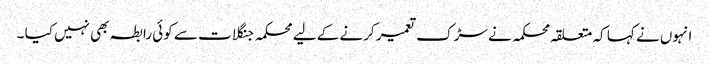
انہوں نے کہا کہ متعلقہ محکمہ نے سڑک تعمیر کرنے کے لیے محکمہ جنگلات سے کوئی رابطہ بھی نہیں کیا ۔